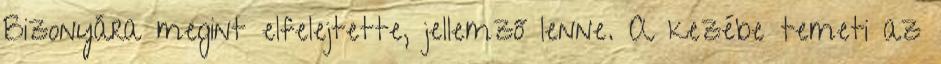
Bizonyára megint elfelejtette, jellemző lenne. A kezébe temeti az